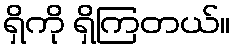
ရှိကို ရှိကြတယ်။